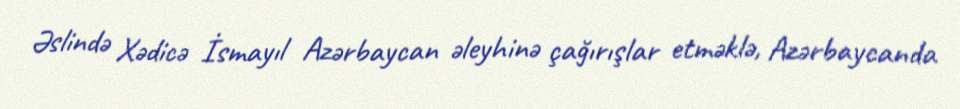
Əslində Xədicə İsmayıl Azərbaycan əleyhinə çağırışlar etməklə, Azərbaycanda